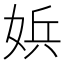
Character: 娦